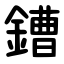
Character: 鏪